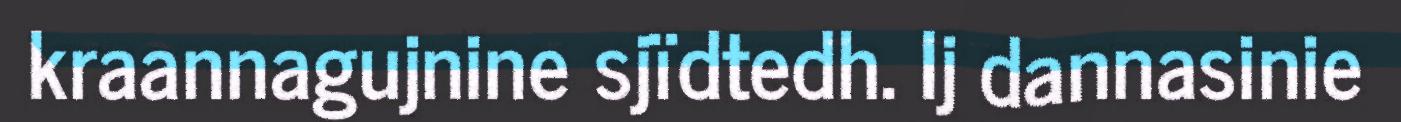
kraannagujnine sjïdtedh. Ij dannasinie